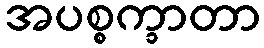
အပစ္စက္ခာတာ